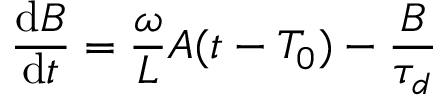
\frac { \mathrm { d } B } { \mathrm { d } t } = \frac { \omega } { L } A ( t - T _ { 0 } ) - \frac { B } { \tau _ { d } }